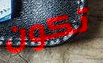
تكون